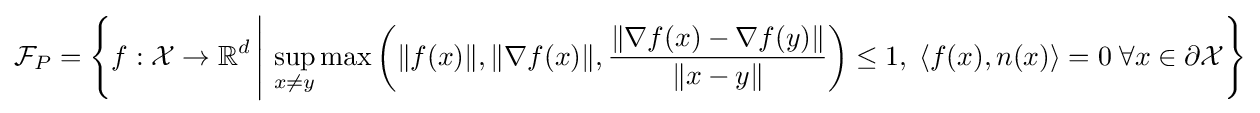
{\mathcal {F}}_{P}=\left\{f:{\mathcal {X}}\rightarrow \mathbb {R} ^{d}\,{\Biggl \vert }\,\sup _{x\neq y}\max \left(\|f(x)\|,\|\nabla f(x)\|,{\frac {\|\nabla f(x)-\nabla f(y)\|}{\|x-y\|}}\right)\leq 1,\;\langle f(x),n(x)\rangle =0\;\forall x\in \partial {\mathcal {X}}\right\}